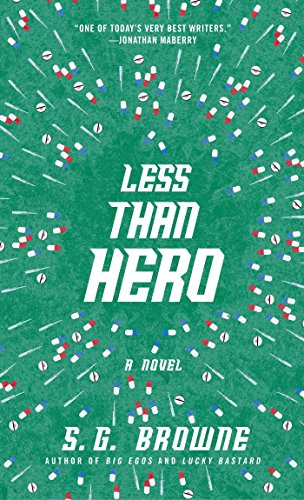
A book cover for Less Than Hero; S.G. Browne; Science Fiction & Fantasy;